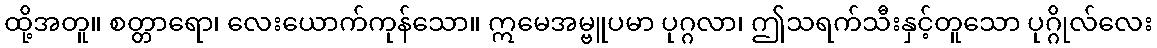
ထို့အတူ။ စတ္တာရော၊ လေးယောက်ကုန်သော။ ဣမေအမ္ဗူပမာ ပုဂ္ဂလာ၊ ဤသရက်သီးနှင့်တူသော ပုဂ္ဂိုလ်လေး